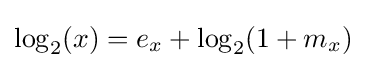
\log _{2}(x)=e_{x}+\log _{2}(1+m_{x})